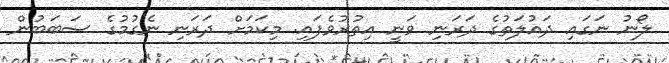
ލޯނު ނަގައި ދައުލަތުގެ ދަރަނި ވަނީ އިތުރުވެފައި. މިކަމަށް ދަރަނި ނެގުމުގެ ސަބަބުން